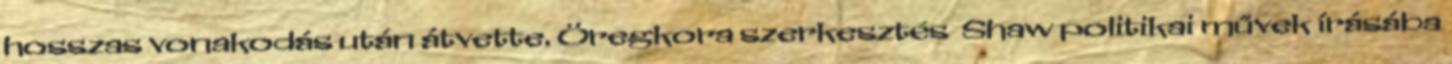
hosszas vonakodás után átvette. Öregkora szerkesztés Shaw politikai művek írásába